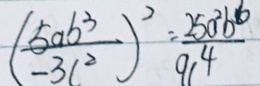
( \frac { 5 a b ^ { 3 } } { - 3 c ^ { 2 } } ) ^ { b } = \frac { 2 5 a ^ { 2 } b ^ { 2 } } { 9 1 ^ { 4 } }